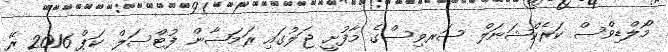
މޯލްޑިވްސް ކަރެކްޝަނަލް ސަރވިސްގެ މާފުށީ ޖަލުގައި ރަމަޟާން ފުޓްސަލް ކަޕް 2016 ރޭ